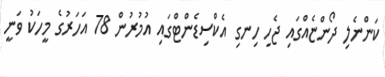
ކަންނެލި ދޯންޏެއްގައި ޖެހި ހިނގި އެކްސިޑެންޓްގައި އުމުރުން 78 އަހަރުގެ މީހަކު ވަނީ